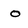
Character: o